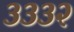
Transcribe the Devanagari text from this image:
३३३२